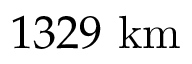
1 3 2 9 { \mathrm { ~ k m } }